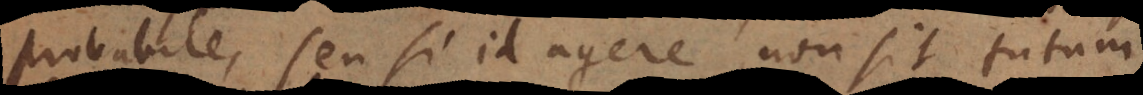
probabile, seu si id agere non sit tutum,